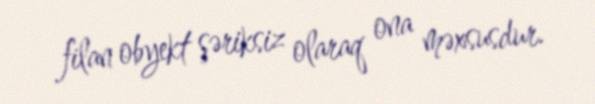
filan obyekt şəriksiz olaraq ona məxsusdur.